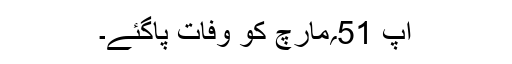
آپ 51؍مارچ کو وفات پاگئے۔